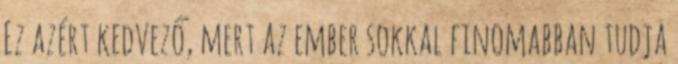
Ez azért kedvező, mert az ember sokkal finomabban tudja